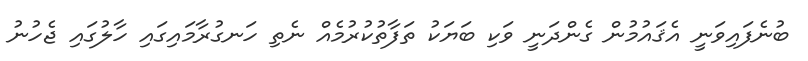
ބުނެފައިވަނީ އެޤައުމުން ގެންދަނީ ވަކި ބަޔަކު ތަފާތުކުރުމެއް ނެތި ހަނގުރާމައިގައި ހާލުގައި ޖެހުނު